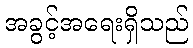
အခွင့်အရေးရှိသည်